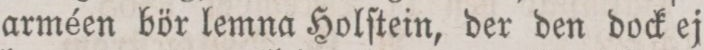
arméen bör lemna Holſtein, der den dock ej